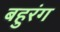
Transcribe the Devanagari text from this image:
बहुरंग